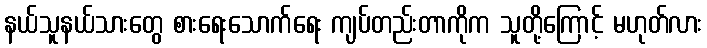
နယ်သူနယ်သားတွေ စားရေးသောက်ရေး ကျပ်တည်းတာကိုက သူတို့ကြောင့် မဟုတ်လား